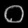
Digit: ၀